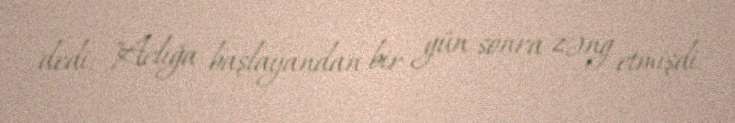
dedi: "Aclığa başlayandan bir gün sonra zəng etmişdi.